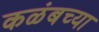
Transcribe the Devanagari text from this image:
कळंबच्या